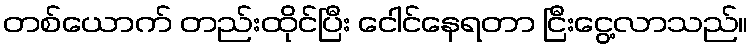
တစ်ယောက် တည်းထိုင်ပြီး ငေါင်နေရတာ ငြီးငွေ့လာသည်။